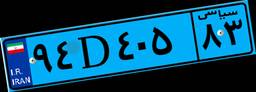
۹۴D۴۰۵۸۳